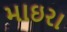
માઇરા